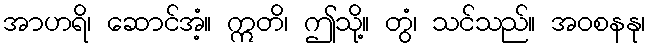
အာဟရိ၊ ဆောင်အံ့။ ဣတိ၊ ဤသို့။ တွံ၊ သင်သည်။ အဝစနနု၊